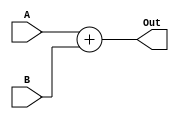
`timescale 1ns / 1ps
//////////////////////////////////////////////////////////////////////////////////
// Company: 
// Engineer: 
// 
// Design Name: 
// Module Name: Adder_32Bit_C
// Project Name: 
// Target Devices: 
// Tool Versions: 
// Description: 
// 
// Dependencies: 
// 
// Revision:
// Revision 0.01 - File Created
// Additional Comments:
// 
//////////////////////////////////////////////////////////////////////////////////


module Adder_32Bit_C(A, B,
                     Out);

input [31:0] A, B;
output [31:0] Out;

assign Out = A + B;

endmodule